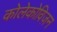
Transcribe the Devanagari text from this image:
कोलेकोविज़न